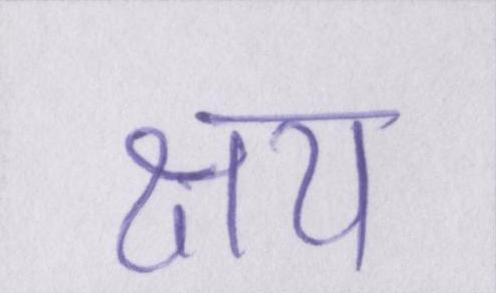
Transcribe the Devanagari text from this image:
क्षय